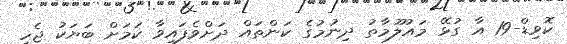
ކޮވިޑް-19 އާ ގުޅޭ މައުލޫމާތު ދިނުމުގެ ކަންތައް ދަށްވެފައިވާ ކަމަށް ބަޔަކު ޖެހި